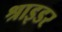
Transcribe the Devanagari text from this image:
श्राइडर